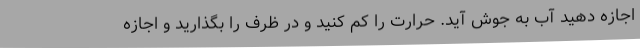
اجازه دهید آب به جوش آید. حرارت را کم کنید و در ظرف را بگذارید و اجازه